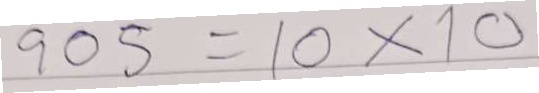
905 = 10x10